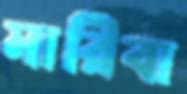
মারিবা